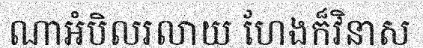
ណាអំបិលរលាយ ហែងក៏វិនាស